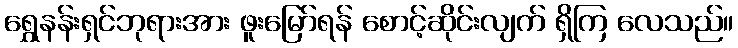
ရွှေနန်းရှင်ဘုရားအား ဖူးမြော်ရန် စောင့်ဆိုင်းလျက် ရှိကြ လေသည်။